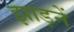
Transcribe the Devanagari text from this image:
झाड़नें